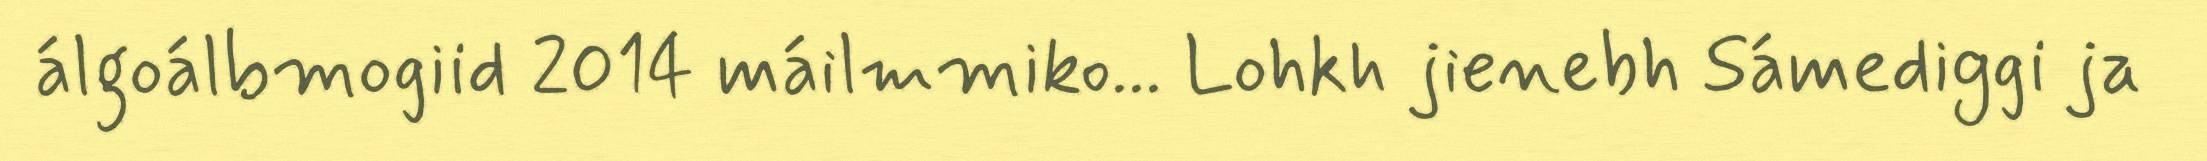
álgoálbmogiid 2014 máilmmiko... Lohkh jienebh Sámediggi ja